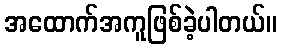
အထောက်အကူဖြစ်ခဲ့ပါတယ်။